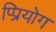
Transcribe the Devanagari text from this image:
प्प्रियोग